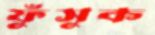
ফুঁসুক